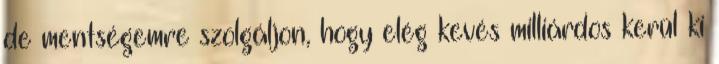
de mentségemre szolgáljon, hogy elég kevés milliárdos kerül ki